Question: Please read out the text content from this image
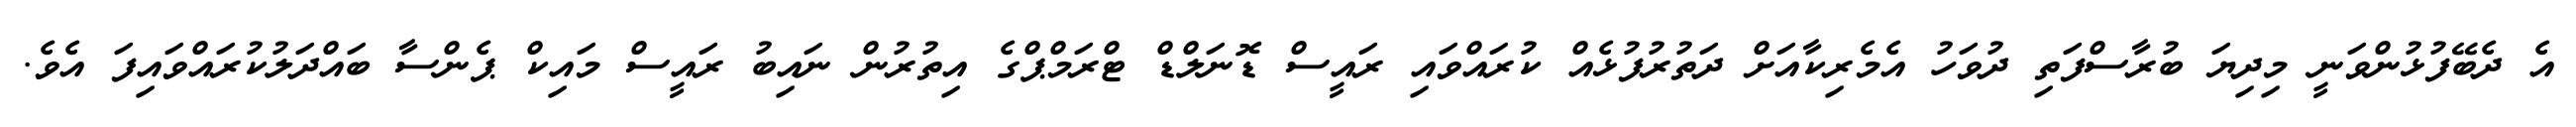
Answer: އެ ދެބޭފުޅުންވަނީ މިދިޔަ ބުރާސްފަތި ދުވަހު އެމެރިކާއަށް ދަތުރުފުޅެއް ކުރައްވައި ރައީސް ޑޮނަލްޑް ޓްރަމްޕްގެ އިތުރުން ނައިބު ރައީސް މައިކް ޕެންސާ ބައްދަލުކުރައްވައިފަ އެވެ.